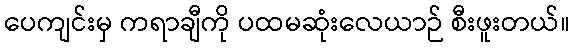
ပေကျင်းမှ ကရာချီကို ပထမဆုံးလေယာဉ် စီးဖူးတယ်။